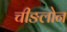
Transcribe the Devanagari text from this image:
चीङलोन